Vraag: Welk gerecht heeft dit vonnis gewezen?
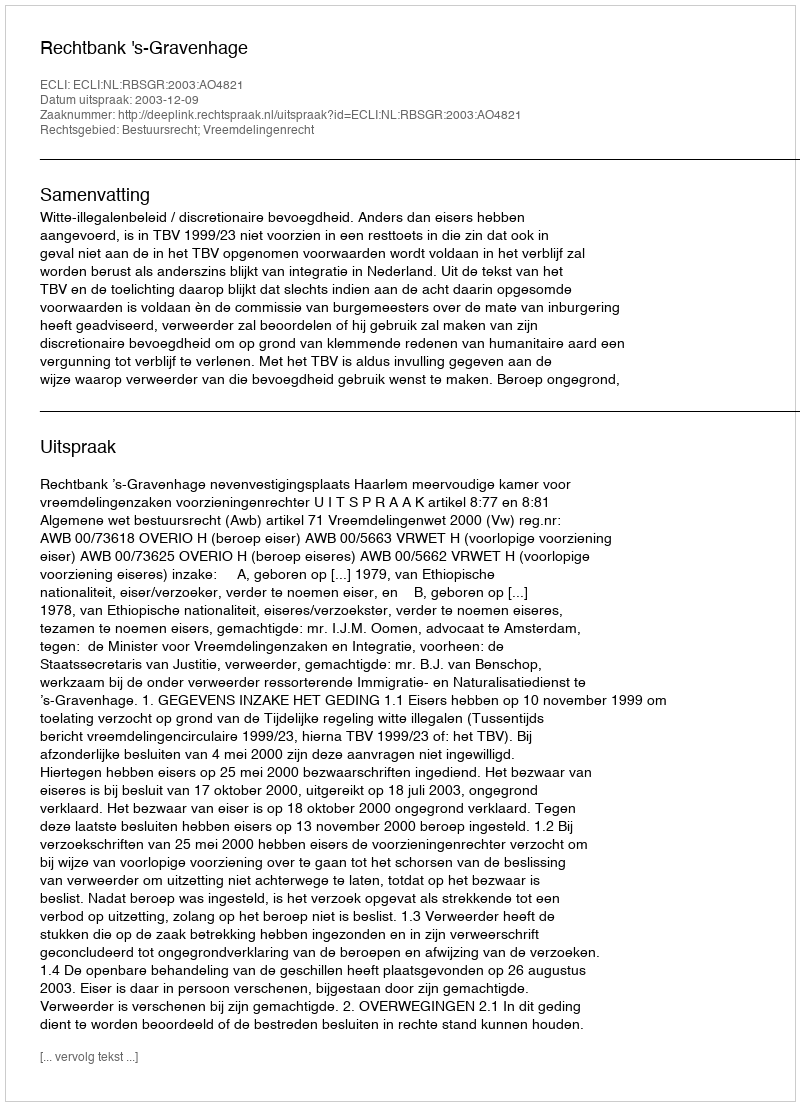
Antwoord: Rechtbank 's-Gravenhage